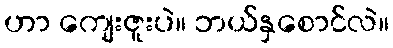
ဟာ ကျေးဇူးပဲ။ ဘယ်နှစောင်လဲ။